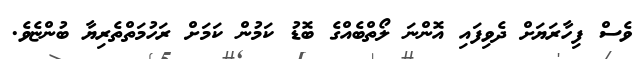
ވެސް ފިހާރަޔަށް ދެވިފައި އޮންނަ ލޯތްބެއްގެ ބޮޑު ކަމުން ކަމަށް ރަހުމަތްތެރިޔާ ބުންޏެވެ.